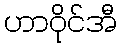
ဟာဝိုင်အီ